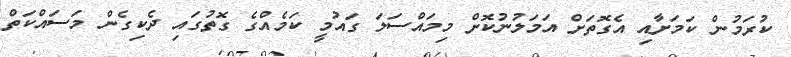
ކުރަމުން ކަމަށާއި އެގޮތަށް އަމަލުނުކޮށް މިމައްސަލަ ގައުމީ ކަމެއްގެ ގޮތުގައި ދެކިގެން މަސައްކަތް